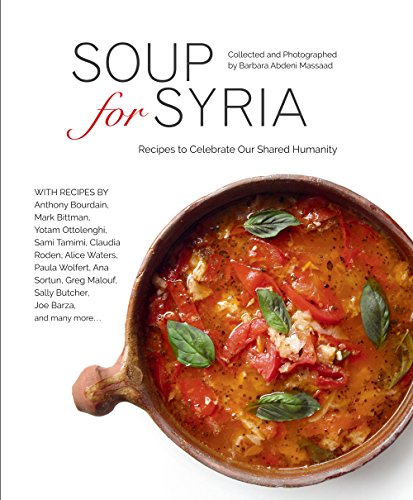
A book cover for Soup for Syria: Recipes to Celebrate our Shared Humanity; Barbara Abdeni Massaad; Cookbooks, Food & Wine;